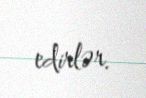
edirlər.